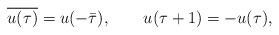
LaTeX: \begin{align*}\overline{u(\tau)}=u(-\bar\tau), \qquad u(\tau+1)=-u(\tau),\end{align*}